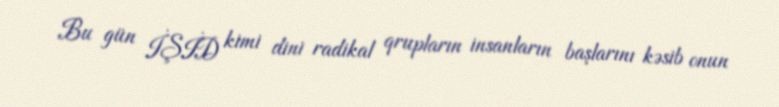
Bu gün İŞİD kimi dini radikal qrupların insanların başlarını kəsib onun